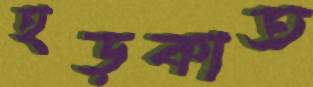
হড়কাত